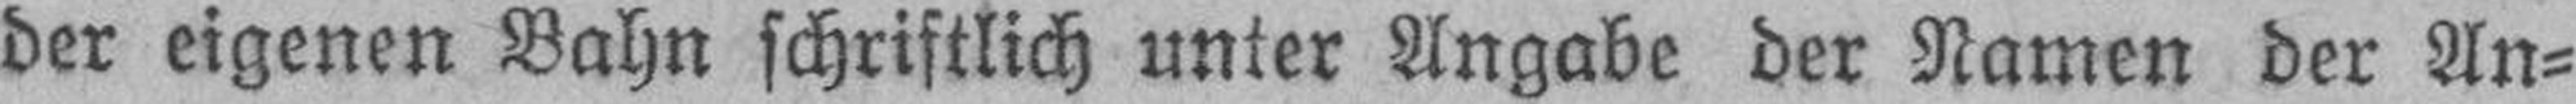
der eigenen Bahn schriftlich unter Angabe der Namen der An¬